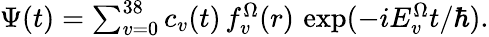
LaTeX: \begin{array}{r}{\Psi(t)=\sum_{v=0}^{38}c_{v}(t)\, f_{v}^{\Omega}(r)\, \exp(-iE_{v}^{\Omega}t/\hbar).}\end{array}